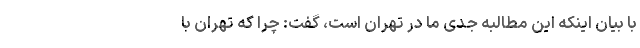
با بیان اینکه این مطالبه جدی ما در تهران است، گفت: چرا که تهران با